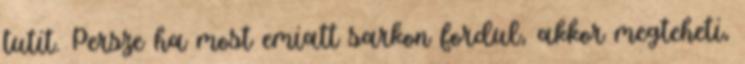
tutit. Persze ha most emiatt sarkon fordul, akkor megteheti,